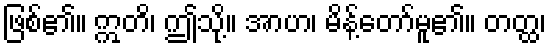
ဖြစ်၏။ ဣတိ၊ ဤသို့။ အာဟ၊ မိန့်တော်မူ၏။ တတ္ထ၊